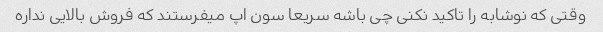
وقتی که نوشابه را تاکید نکنی چی باشه سریعا سون اپ میفرستند که فروش بالایی نداره